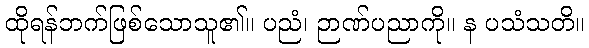
ထိုရန်ဘက်ဖြစ်သောသူ၏။ ပညံ၊ ဉာဏ်ပညာကို။ န ပသံသတိ။